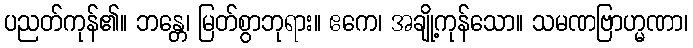
ပညတ်ကုန်၏။ ဘန္တေ၊ မြတ်စွာဘုရား။ ဧကေ၊ အချို့ကုန်သော။ သမဏဗြာဟ္မဏာ၊